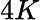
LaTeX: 4{K}